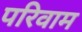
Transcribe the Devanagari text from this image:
परिवाम